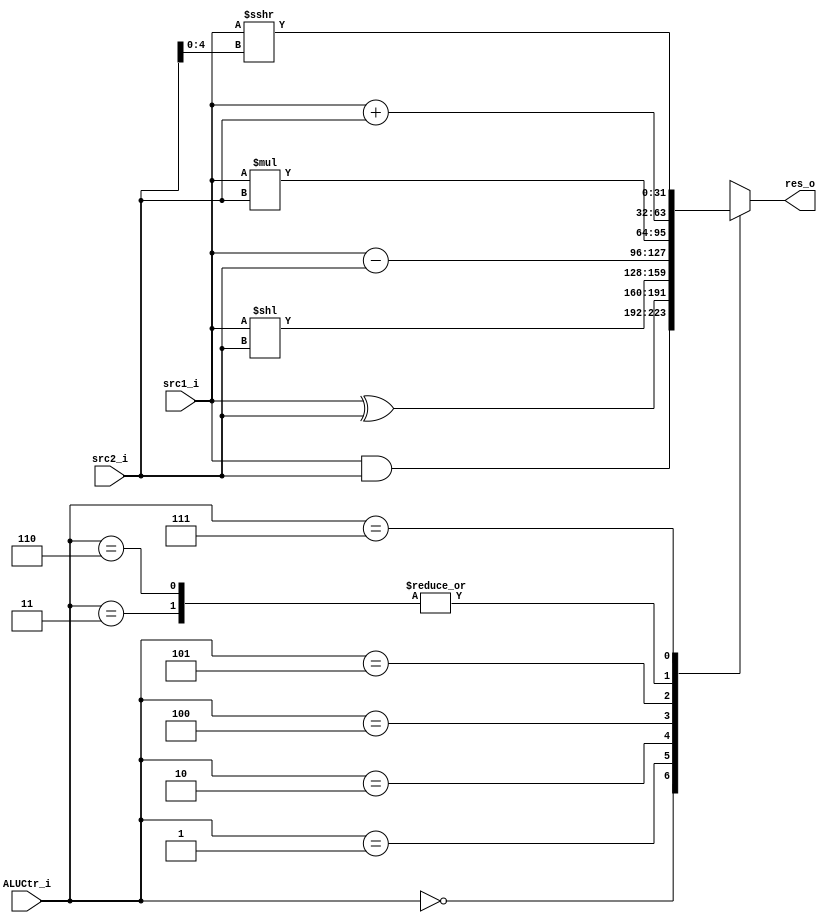
`define AND  3'b000
`define XOR  3'b001
`define SLL  3'b010
`define ADD  3'b011
`define SUB  3'b100
`define MUL  3'b101
`define ADDI 3'b110
`define SRAI 3'b111

module ALU(src1_i, src2_i, res_o, ALUCtr_i);

    input [31:0] src1_i, src2_i;
    input [2:0] ALUCtr_i;
    output reg [31:0] res_o;
    reg [31:0] tmp;

    always @*
    case (ALUCtr_i)
    `AND:
        res_o <= src1_i & src2_i;
    `XOR:
        res_o <= src1_i ^ src2_i;
    `SLL:
        res_o <= src1_i << src2_i;
    `ADD:
        res_o <= src1_i + src2_i;
    `SUB:
        res_o <= src1_i - src2_i;
    `MUL:
        res_o <= src1_i * src2_i;
    `ADDI:
        res_o <= src1_i + src2_i;
    `SRAI:
        res_o <= src1_i >>> src2_i[4:0];
    default:
        res_o <= 32'b0; // Default case to handle undefined ALUCtr_i values
    endcase

endmodule